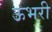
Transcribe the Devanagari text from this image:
ऊभरी